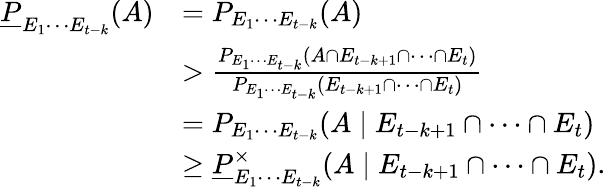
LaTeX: \begin{array}{rl}{\underline{{P}}_{E_{1}\cdots E_{t-k}}(A)}&{=P_{E_{1}\cdots E_{t-k}}(A)}\\ &{>\frac{P_{E_{1}\cdots E_{t-k}}(A\cap E_{t-k+1}\cap\cdots\cap E_{t})}{{P}_{E_{1}\cdots E_{t-k}}(E_{t-k+1}\cap\cdots\cap E_{t})}}\\ &{=P_{E_{1}\cdots E_{t-k}}(A\mid E_{t-k+1}\cap\cdots\cap E_{t})}\\ &{\geq\underline{{P}}_{E_{1}\cdots E_{t-k}}^{\times}(A\mid E_{t-k+1}\cap\cdots\cap E_{t}).}\end{array}